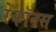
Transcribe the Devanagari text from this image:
रेकॉनस